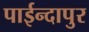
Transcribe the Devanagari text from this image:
पाईन्दापुर